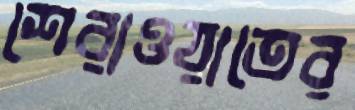
শেরাওয়াতের